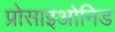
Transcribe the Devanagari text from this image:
प्रोसाइओनिड